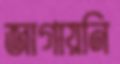
জাগায়নি